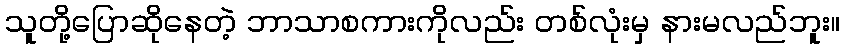
သူတို့ပြောဆိုနေတဲ့ ဘာသာစကားကိုလည်း တစ်လုံးမှ နားမလည်ဘူး။